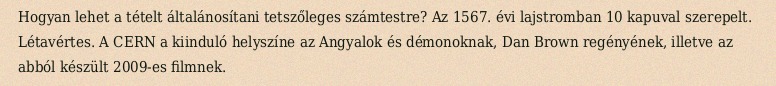
Hogyan lehet a tételt általánosítani tetszőleges számtestre? Az 1567. évi lajstromban 10 kapuval szerepelt. Létavértes. A CERN a kiinduló helyszíne az Angyalok és démonoknak, Dan Brown regényének, illetve az abból készült 2009-es filmnek.